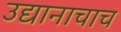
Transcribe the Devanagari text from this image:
उद्यानाचाच